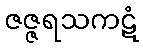
ဇဇ္ဇရသကဋံ